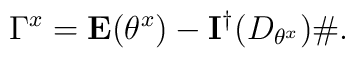
\Gamma^x = \mathbf{E}(\theta^x) - \mathbf{I}^\dagger(D_{\theta^x}) \# .